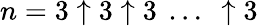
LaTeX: n=3\uparrow 3\uparrow 3\ \dots\ \uparrow 3